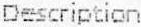
DESCRIPTION